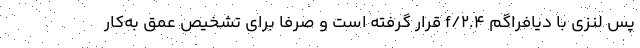
پسِ لنزی با دیافراگم f/2.4 قرار گرفته است و صرفا برای تشخیص عمق به‌کار